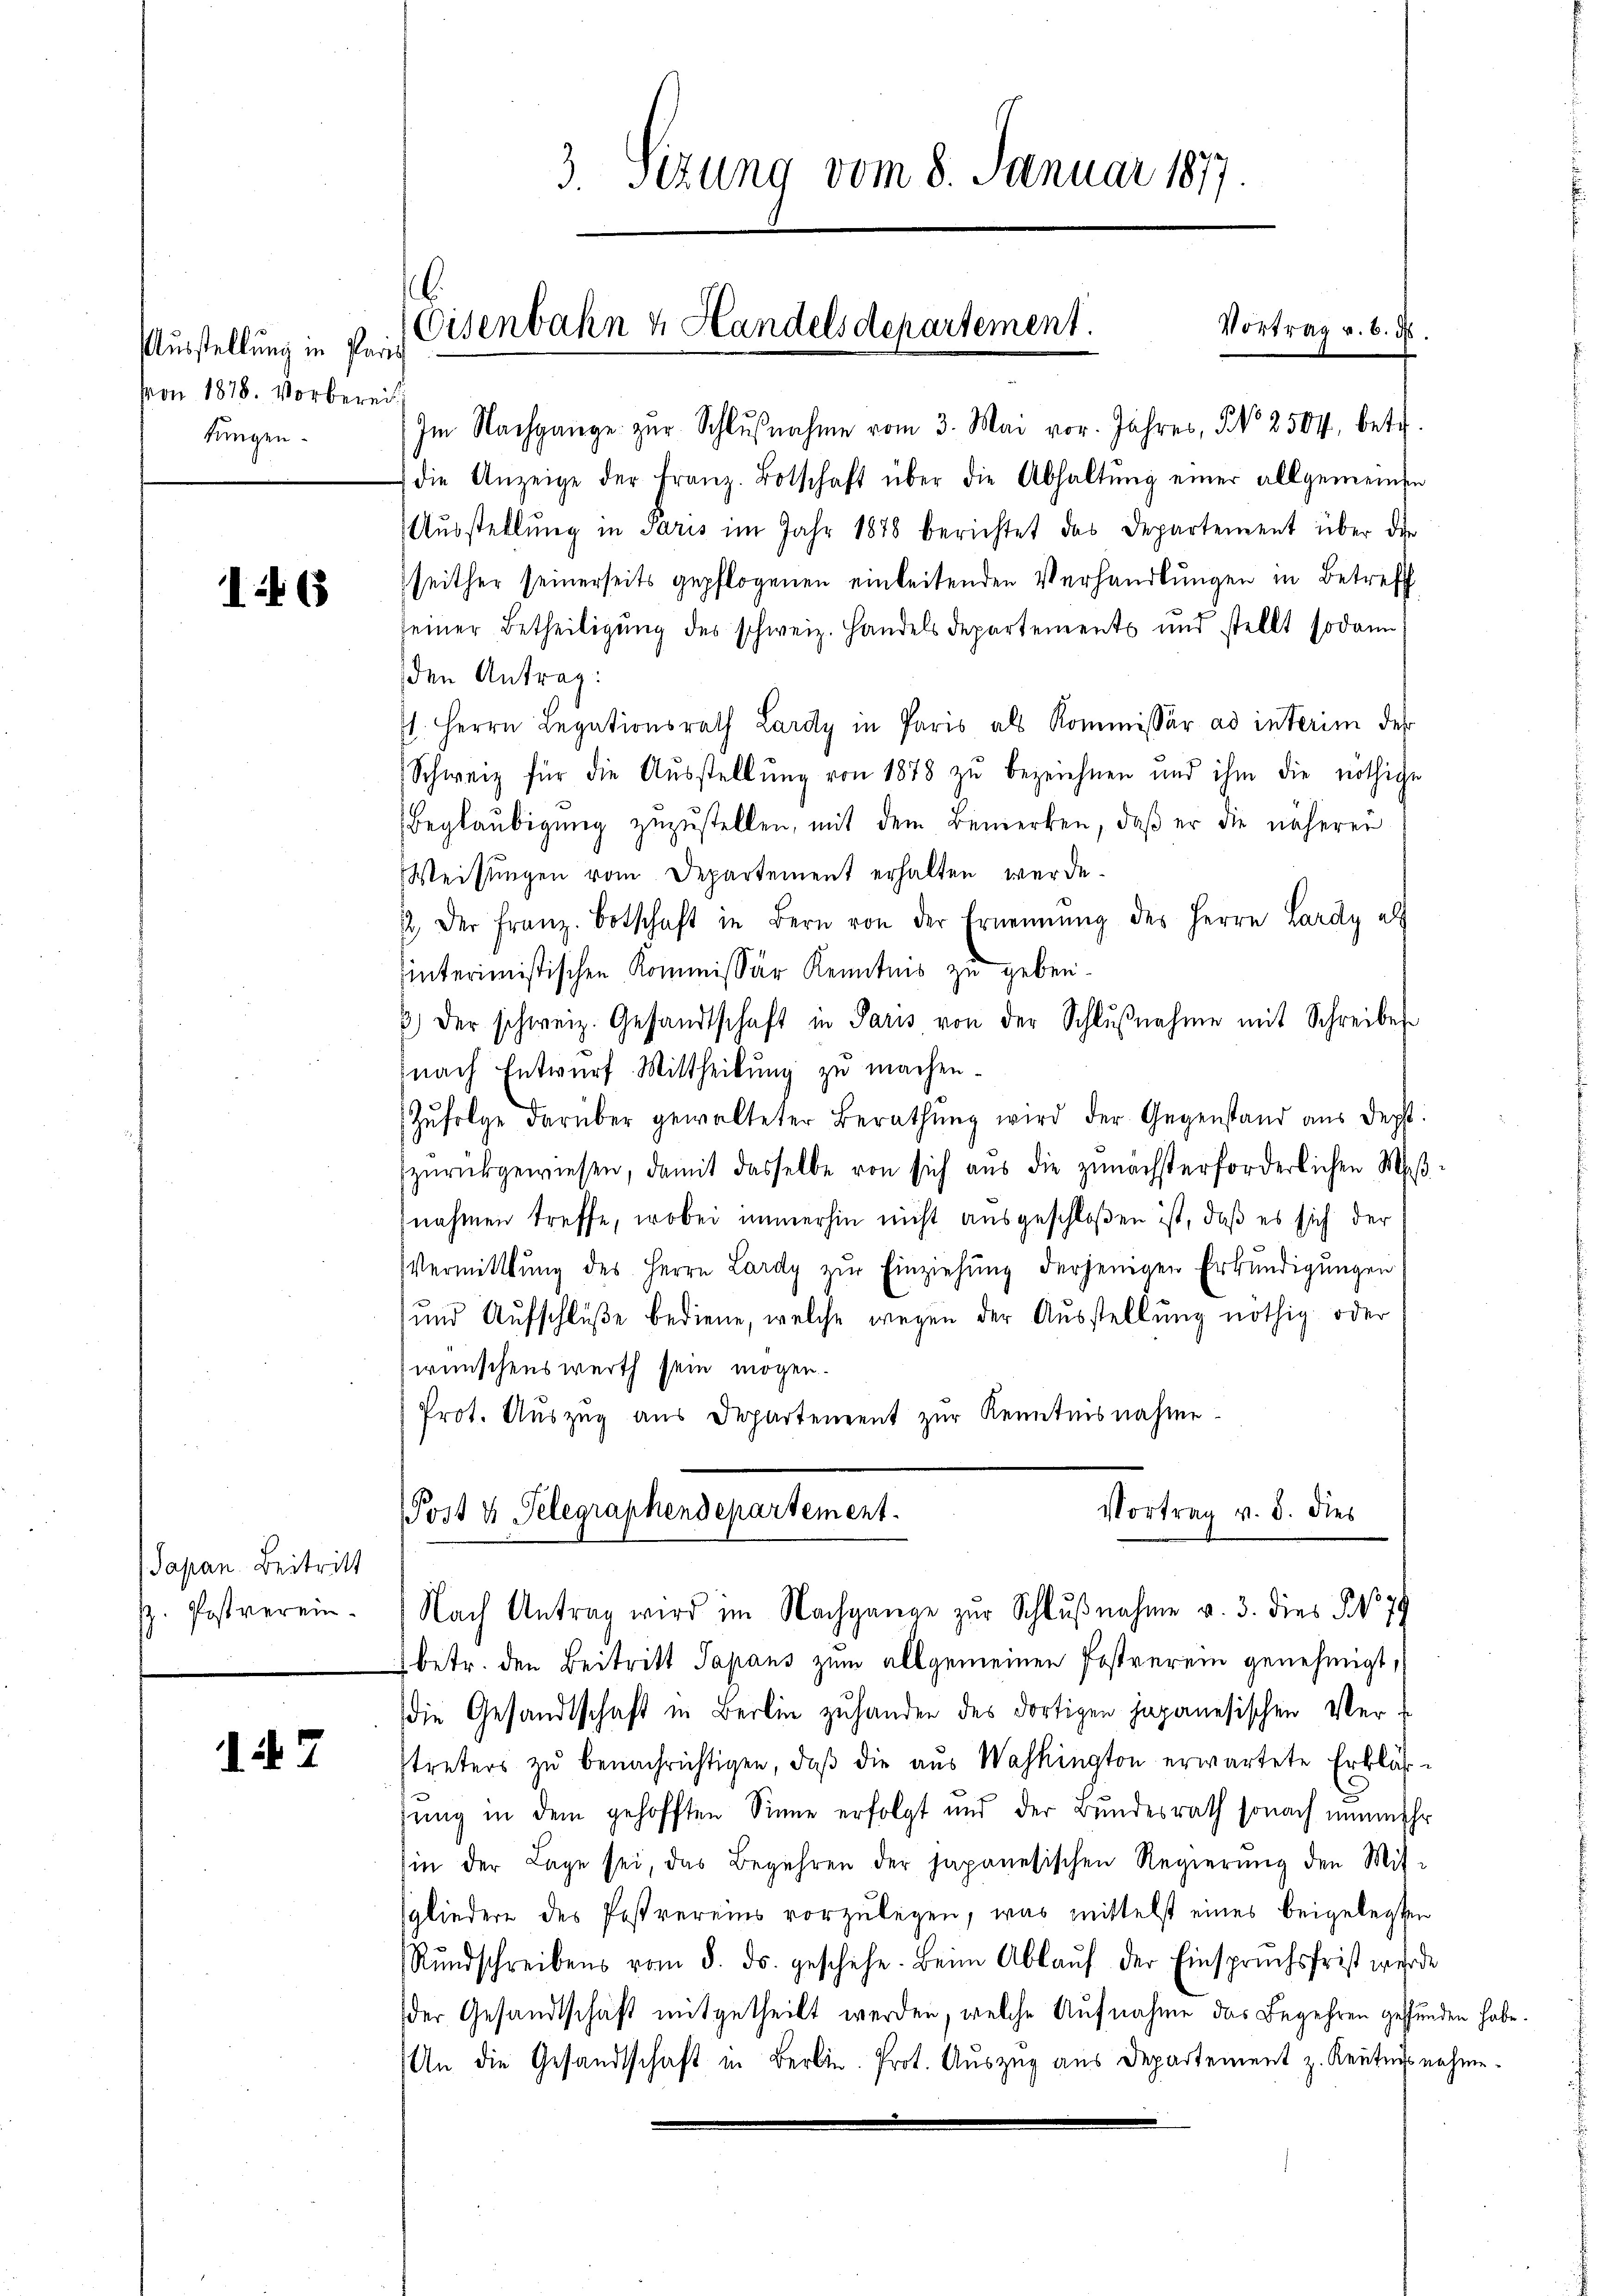
Ausstellung in Paris
von 1878. Vorbereit
kungen

.

Japan Beitritt
p. Postverein.

7

6.
Eisenbahn u. Handels departement.
Vortrag v. 6. ds.

3. Sizung vom 8. Januar 1877

Im Nachgange zŭr Schlŭβnahme vom 3. Mai vor. Jahres, No 2504. betr.
die Anzeige der Franz. Botschaft über die Abhaltŭng einer allgemeinsen
Aŭsstellŭng in Jaris im Jahr 1878 berichtet das Departement über die
seither seinerseits gepflogenen einleitenden Verhandlungen in Betreff
seiner Betheiligung des schweiz. Handels Departements und stellt sodann
den Antrag:
1. Herrn Legationsrath Lardy in Paris als Kommissär ad interim des
Schweiz für die Aŭsstellŭng von 1878 zŭ bezeichnen und ihm die nöthige
Beglaubigung zuzustellen, mit dem Bemerken, daß er die näherer
Weisungen vom Departement erhalten werde.
2. Der Franz. Botschaft in Bern von der Ernennung des Herrn Lardy als
hinterimistischen Kommissär Kenntnis zu geben.
B) Der schweiz. Gesandtschaft in Paris von der Schlußnahme mit Schreibes
nach Entwurf Mittheilung zu machen.
Zŭfolge darüber gewalteter Berathŭng wird der Gegenstand aus derst
zŭrückgewiesen, damit dasselbe von sich aus die zunächsterforderlichen Waßnahmen treffe, wobei immerhin nicht ausgeschloßen ist, daß es sich der
Vermittlung des Herrn Lardy zŭr Einziehŭng derjenigen Erkundigungen
und Aufschlüße bediene, welche wegen der Ausstellung nöthig oder
wünschenswerth sein mögen.
Prot. Auszug aus Departement zur Kenntnisnahme
Vortrag v. 5. dies
Post u. Telegraphendepartement.
Nach Antrag wird im Nachgange zur Schlŭβnahme v. 3. dies § 179
betr. den Beitritt Papans zum allgemeinen Postverein genehmigt,
die Gesandtschaft in Berlin zuhanden des dortigen japanesischen Vertreters zŭ benachrichtigen, daβ die aus Washington erwartete Erbläsung in dem gehofften Sinne erfolgt und der Bundesrath sonach nunmehr
in der Lage sei, das Begehren der japanesischen Regierŭng den Mit-
gliedere des Postvereins vorzulegen, was mittelst eines beigelegten
Rŭndschreibens vom 8. ds. geschehe. Beim Ablaŭf der Einspruchsfrist werde
der Gesandtschaft mitgetheilt werden, welche Aufnahme das Begehren gefunden habe.
An die Gesandtschaft in Bern. Prot. Auszug aus Departement z. Kenntnisnahme.